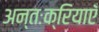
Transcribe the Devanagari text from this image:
अन्तःक्रियाएँ